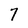
Character: 7